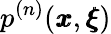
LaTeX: p^{(n)}({\pmb x},{\pmb\xi})